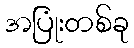
အပြုံးတစ်ခု